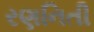
રણનિતી